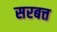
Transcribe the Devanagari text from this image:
सरबत्त